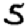
Digit: 5